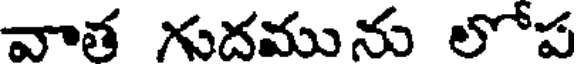
వాత గుదమును లోప